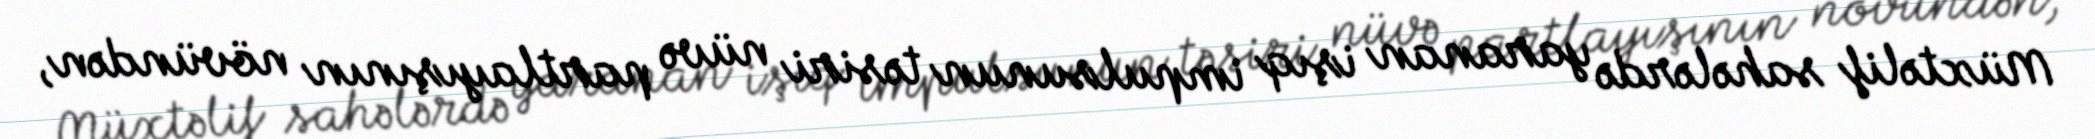
Müxtəlif sahələrdə yaranan işıq impulsunun təsiri nüvə partlayışının növündən,